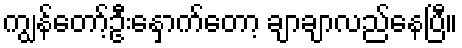
ကျွန်တော့်ဦးနှောက်တော့ ချာချာလည်နေပြီ။